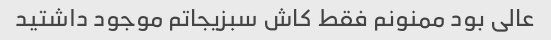
عالی بود ممنونم فقط کاش سبزیجاتم موجود داشتید